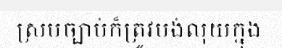
ស្របច្បាប់ក៏ត្រូវបង់លុយក្នុង